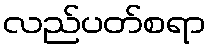
လည်ပတ်စရာ